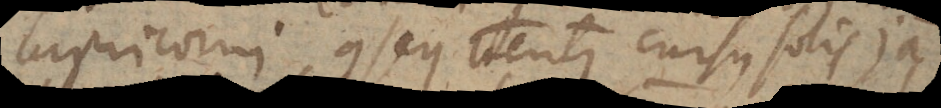
Capricorni, consequenter cursus solis jam